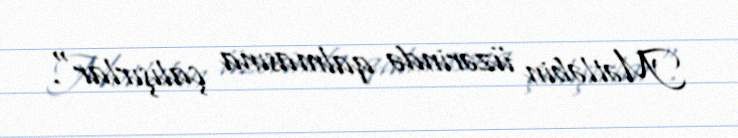
Mətləbin üzərində qalmasına çalışırlar".